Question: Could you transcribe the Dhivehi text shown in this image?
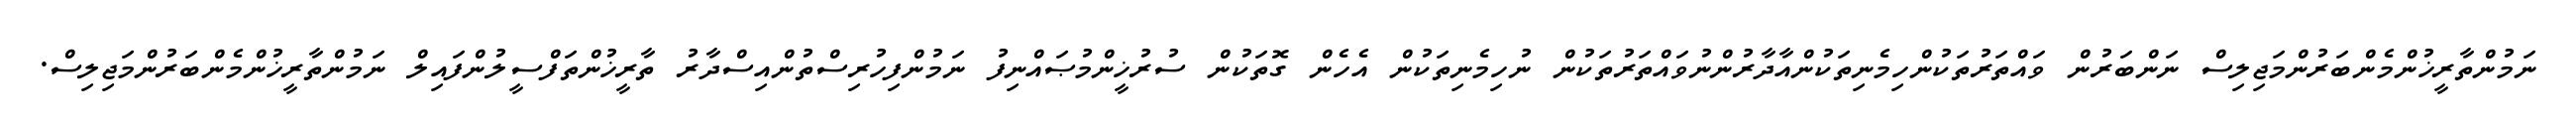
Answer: ނަމުންތާރީޚުންމެންބަރުންމަޖިލިސް ނަންބަރުން ވައްތަރުތަކުންހިމެނިތަކުންއާދާރުންނުވައްތަރުތަކުން ނުހިމެނިތަކުން އެހެން ގޮތަކުން ސުރުޚީންމުޞައްނިފު ނަމުންފިހުރިސްތުންއިސްދާރު ތާރީޚުންތަފްސީލުންފައިލް ނަމުންތާރީޚުންމެންބަރުންމަޖިލިސް.